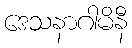
ဒေသနာဂါမိနီ